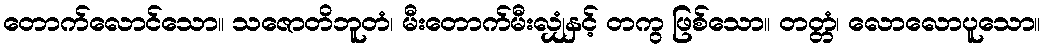
တောက်လောင်သော။ သဇောတိဘူတံ၊ မီးတောက်မီးလျှံနှင့် တကွ ဖြစ်သော။ တတ္တံ၊ လောလောပူသော။